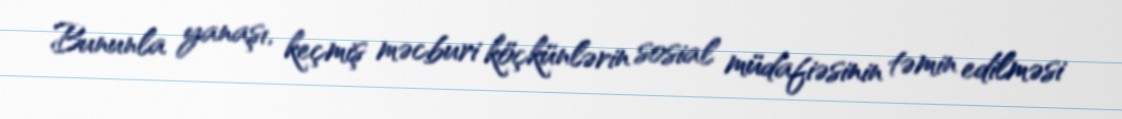
Bununla yanaşı, keçmiş məcburi köçkünlərin sosial müdafiəsinin təmin edilməsi